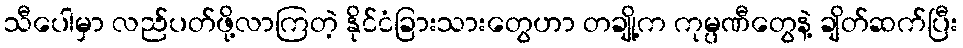
သီပေါမှာ လည်ပတ်ဖို့လာကြတဲ့ နိုင်ငံခြားသားတွေဟာ တချို့က ကုမ္ပဏီတွေနဲ့ ချိတ်ဆက်ပြီး